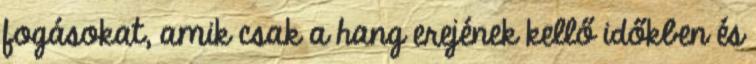
fogásokat, amik csak a hang erejének kellő időkben és